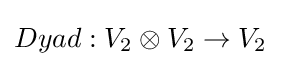
Dyad:V_{2}\otimes V_{2}\to V_{2}